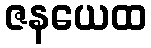
ဇနယေထ